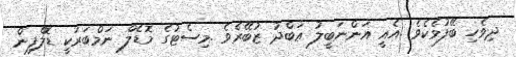
ދިވެހި ބޭފުޅެކެވެ .އެއީ އަންނަބީލު ޢަބްދު ޒުބޭރެވެ .މިސެޓުގެ މޮޑެލް ނަމްބަރަކީ ޑޮލްފިން